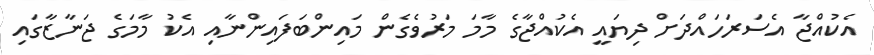
އެކުއްޖާ އެސަރަހައްދަށް ދިޔައީ އެކުއްޖާގެ މާމަ މަރުވެގެން މައިންބަފައިންނާއި އެކު މާމަގެ ޖަނާޒާގައި